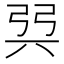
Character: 㢲